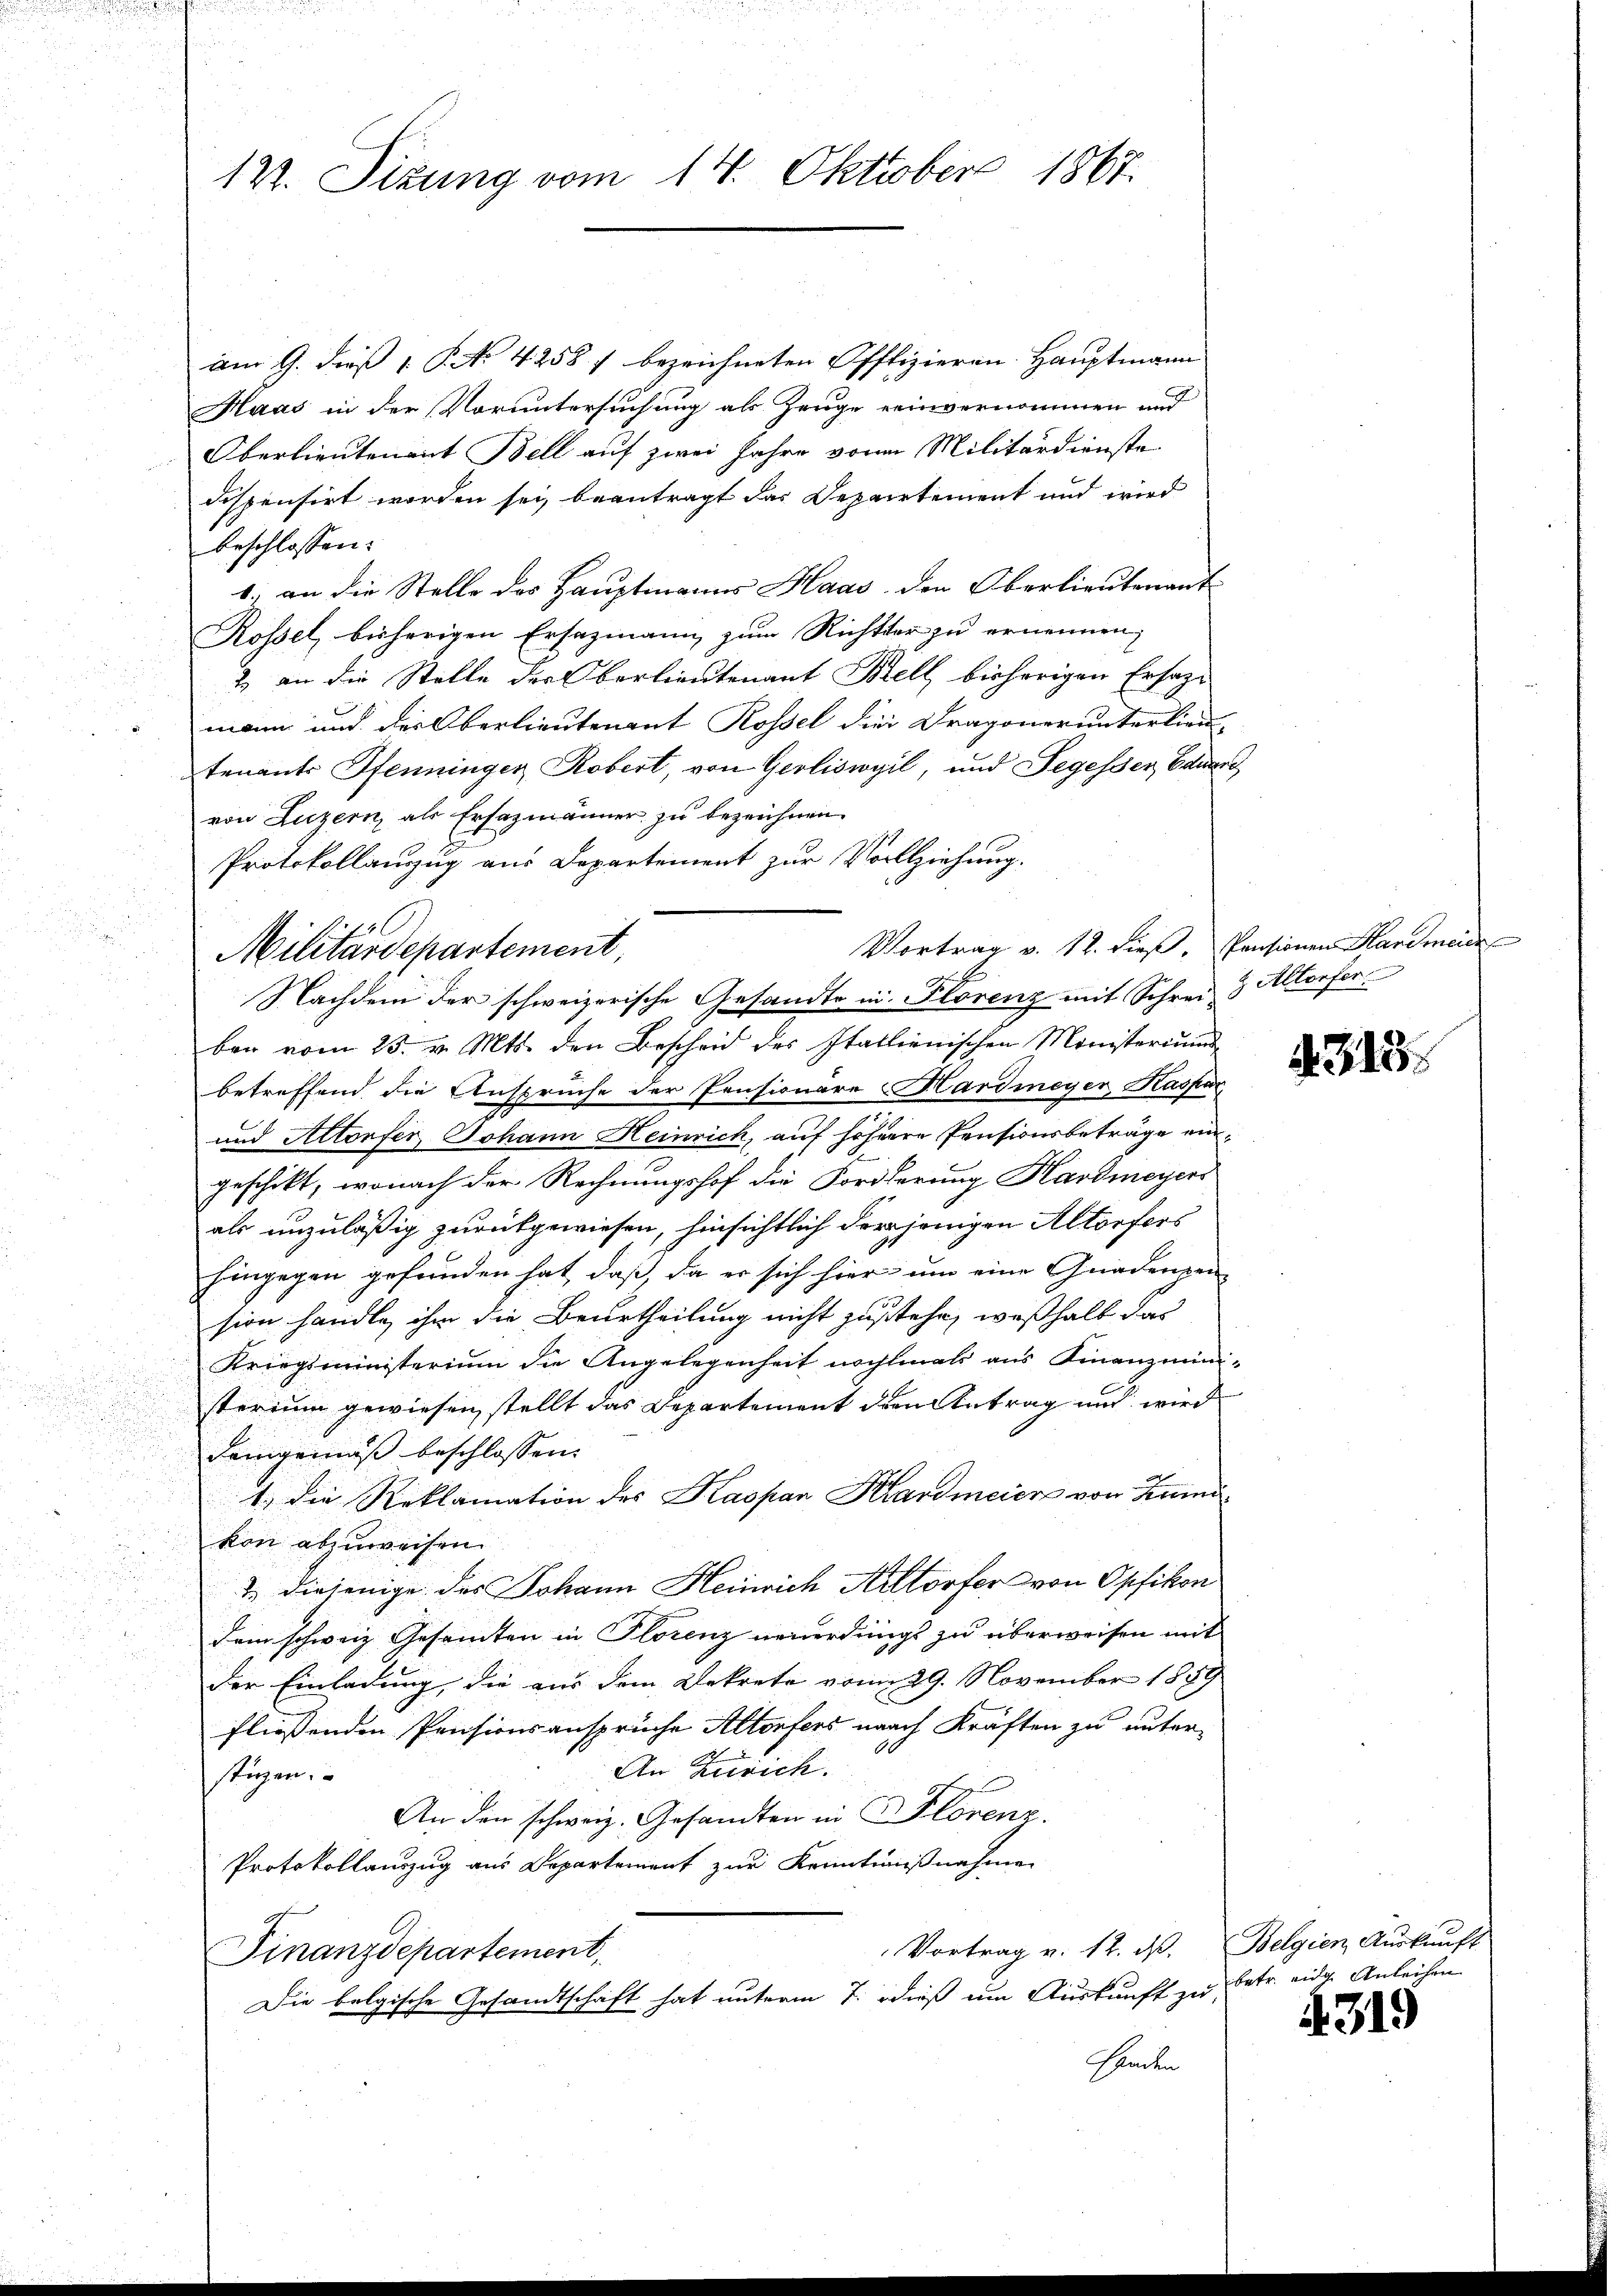
i

127. Sizung vom 14. Oktober 1867.

am 9. dieß 1 P. No 4258 f bezeichneten Offfizieren Hauptmann
Maas in der Voruntersuchung als Zeuge einvernommen und
Oberlieutenant Bell auf zwei Jahre von Militärdienste
dispensirt worden sei, beantragt das Departement und wird
beschlossen:
1., an die Stelle des Hauptmanns Haas den Oberlieutenant
Rossel, bisherigen Ersazmann zum Richter zu ernennen;
2. an die Stelle der Oberlieutenant Bell bisherigen Ersatzmann und der Oberlieutenant Rossel die Dragoner unterlien-
tenants Pfenninger Robert, von Geoliswyil, und Segesser, Eduar
von Luzern, als Ersazmänner zu bezeichnen.
Protokollanzug aus Departement zur Vollziehung.
ben vom 25. v. Mts. den Bescheid des Italienischen Ministeriums
betreffend die Anspruche der Pensionäre Hardmeyer, Kaspar
und Altorfer, Johann Heinrich, auf höhere Pensionsbeträge eingeschikt, wonach der Rechnungshof die Forderung Hardmeyers
als unzuläßig zurückgewiesen, hinsichtlich derjenigen Altorfers
hingegen gefunden hat, daß, da er sich hier um eine Gnadenpen-
sion handle, ihr die Beurtheilung nicht zustehe, weßhalb das
Kriegsministerium die Angelegenheit nochmals aus Finanzministerium gewiesen, stellt das Departement den Antrag und wird
Demgemäß beschlossen:
1.) Die Reklamation des Kaspar Hardmeier von Zuma
kon abzuweisen.
2.) diejenige des Johann Heinrich Altorfer von Opfikon
dem schweiz. Gesamten in Florenz neuerdings zu überweisen mit
der Einladung, die aus dem Dekrete vom 29. November 1889
fliessenden Pensionsansprüche Altorfers nach Kräften zu unter-
An Zürich.
stüzen.
An den schweiz. Gesandten in Florenz.
Protokollauszug aus Departement zur Kenntnißnahmen
Vortrag v. 12. dß. Belgien, Auskunft
Finanzdepartement,
Die belgische Gesandtschaft hat unterm 7. dieß um Auskunft zu betr. eidge Anleihen
Ennden

Militärdepartement,

Vortrag v. 12. dieß, Pensionen Hardmeide
Nachdem der schweizerische Gesandte in Florenz mit Schrei & Altorfer

4318.

4319